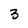
Character: 3